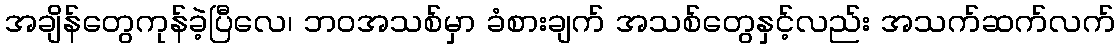
အချိန်တွေကုန်ခဲ့ပြီလေ၊ ဘဝအသစ်မှာ ခံစားချက် အသစ်တွေနှင့်လည်း အသက်ဆက်လက်